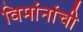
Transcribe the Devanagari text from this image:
विमांनांची